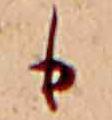
も